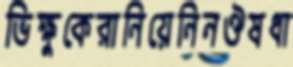
ভিক্ষুকেরানিয়েনিনঔষধা